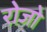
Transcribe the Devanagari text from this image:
रोजो